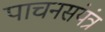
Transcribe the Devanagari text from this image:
पाचनसंयंत्र